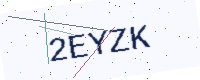
Text: 2EYZK